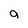
Character: a